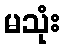
မသုံး